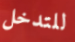
للتدخل